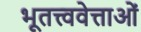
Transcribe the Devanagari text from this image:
भूतत्त्ववेत्ताओं